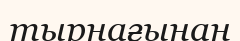
тырнағынан